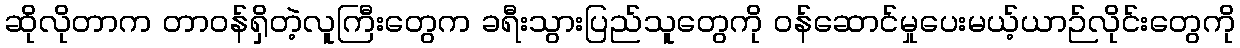
ဆိုလိုတာက တာဝန်ရှိတဲ့လူကြီးတွေက ခရီးသွားပြည်သူတွေကို ဝန်ဆောင်မှုပေးမယ့်ယာဉ်လိုင်းတွေကို